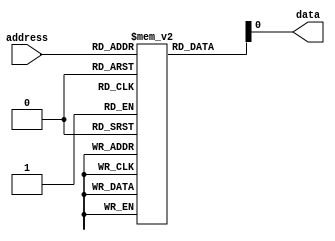
module MemoryBlocksFuseROM (
    input wire [7:0] address,
    output reg data
);

reg [7:0] memory[0:255];

initial begin
    // Initialize memory with desired values by blowing fuses
    // Example: memory[0] = 8'b11001110; memory[1] = 8'b00101011; etc.
end

always @* begin
    // Read data from memory based on given address
    data = memory[address];
end

endmodule